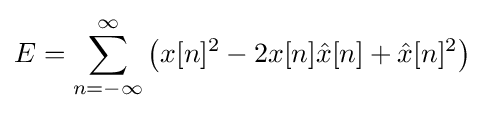
E=\sum _{n=-\infty }^{\infty }\left(x[n]^{2}-2x[n]{\hat {x}}[n]+{\hat {x}}[n]^{2}\right)